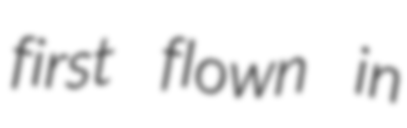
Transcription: first flown in